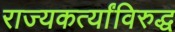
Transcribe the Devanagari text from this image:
राज्यकर्त्यांविरुद्ध